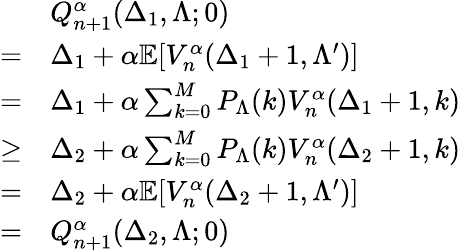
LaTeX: \begin{array}{rl}&{Q_{n+1}^{\alpha}(\Delta_{1},\Lambda;0)}\\ {=}&{\Delta_{1}+\alpha\mathbb{E}[V_{n}^{\alpha}(\Delta_{1}+1,\Lambda^{\prime})]}\\ {=}&{\Delta_{1}+\alpha\sum_{k=0}^{M}P_{\Lambda}(k)V_{n}^{\alpha}(\Delta_{1}+1,k)}\\ {\geq}&{\Delta_{2}+\alpha\sum_{k=0}^{M}P_{\Lambda}(k)V_{n}^{\alpha}(\Delta_{2}+1,k)}\\ {=}&{\Delta_{2}+\alpha\mathbb{E}[V_{n}^{\alpha}(\Delta_{2}+1,\Lambda^{\prime})]}\\ {=}&{Q_{n+1}^{\alpha}(\Delta_{2},\Lambda;0)}\end{array}